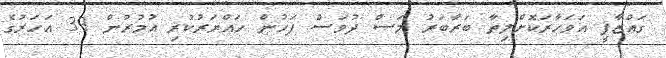
ގައްޒާފީ އަވަހާރަކޮށްލިތާ ބަރާބަރު މަސް ދުވަސް ފަހުން ހައްޔަރުކުރި އުމުރުން 39 އަހަރުގެ